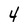
Character: 4